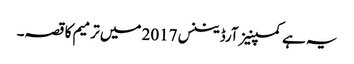
یہ ہے کمپنیز آرڈیننس 2017 میں ترمیم کا قصہ۔